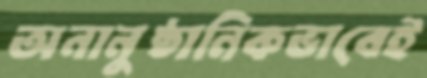
অনানুষ্ঠানিকভাবেই